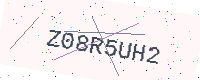
Text: Z08R5UH2